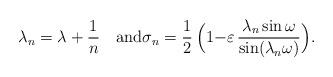
LaTeX: \begin{align*} \lambda_n=\lambda+\frac1n\quad\mbox{and} \sigma_n = \frac12\,\Big(1{-}\varepsilon\, \frac{\lambda_n \sin\omega}{\sin(\lambda_n \omega)}\Big).\end{align*}